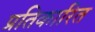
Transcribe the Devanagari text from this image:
प्रतिकारित